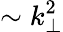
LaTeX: \sim k_{\perp}^{2}